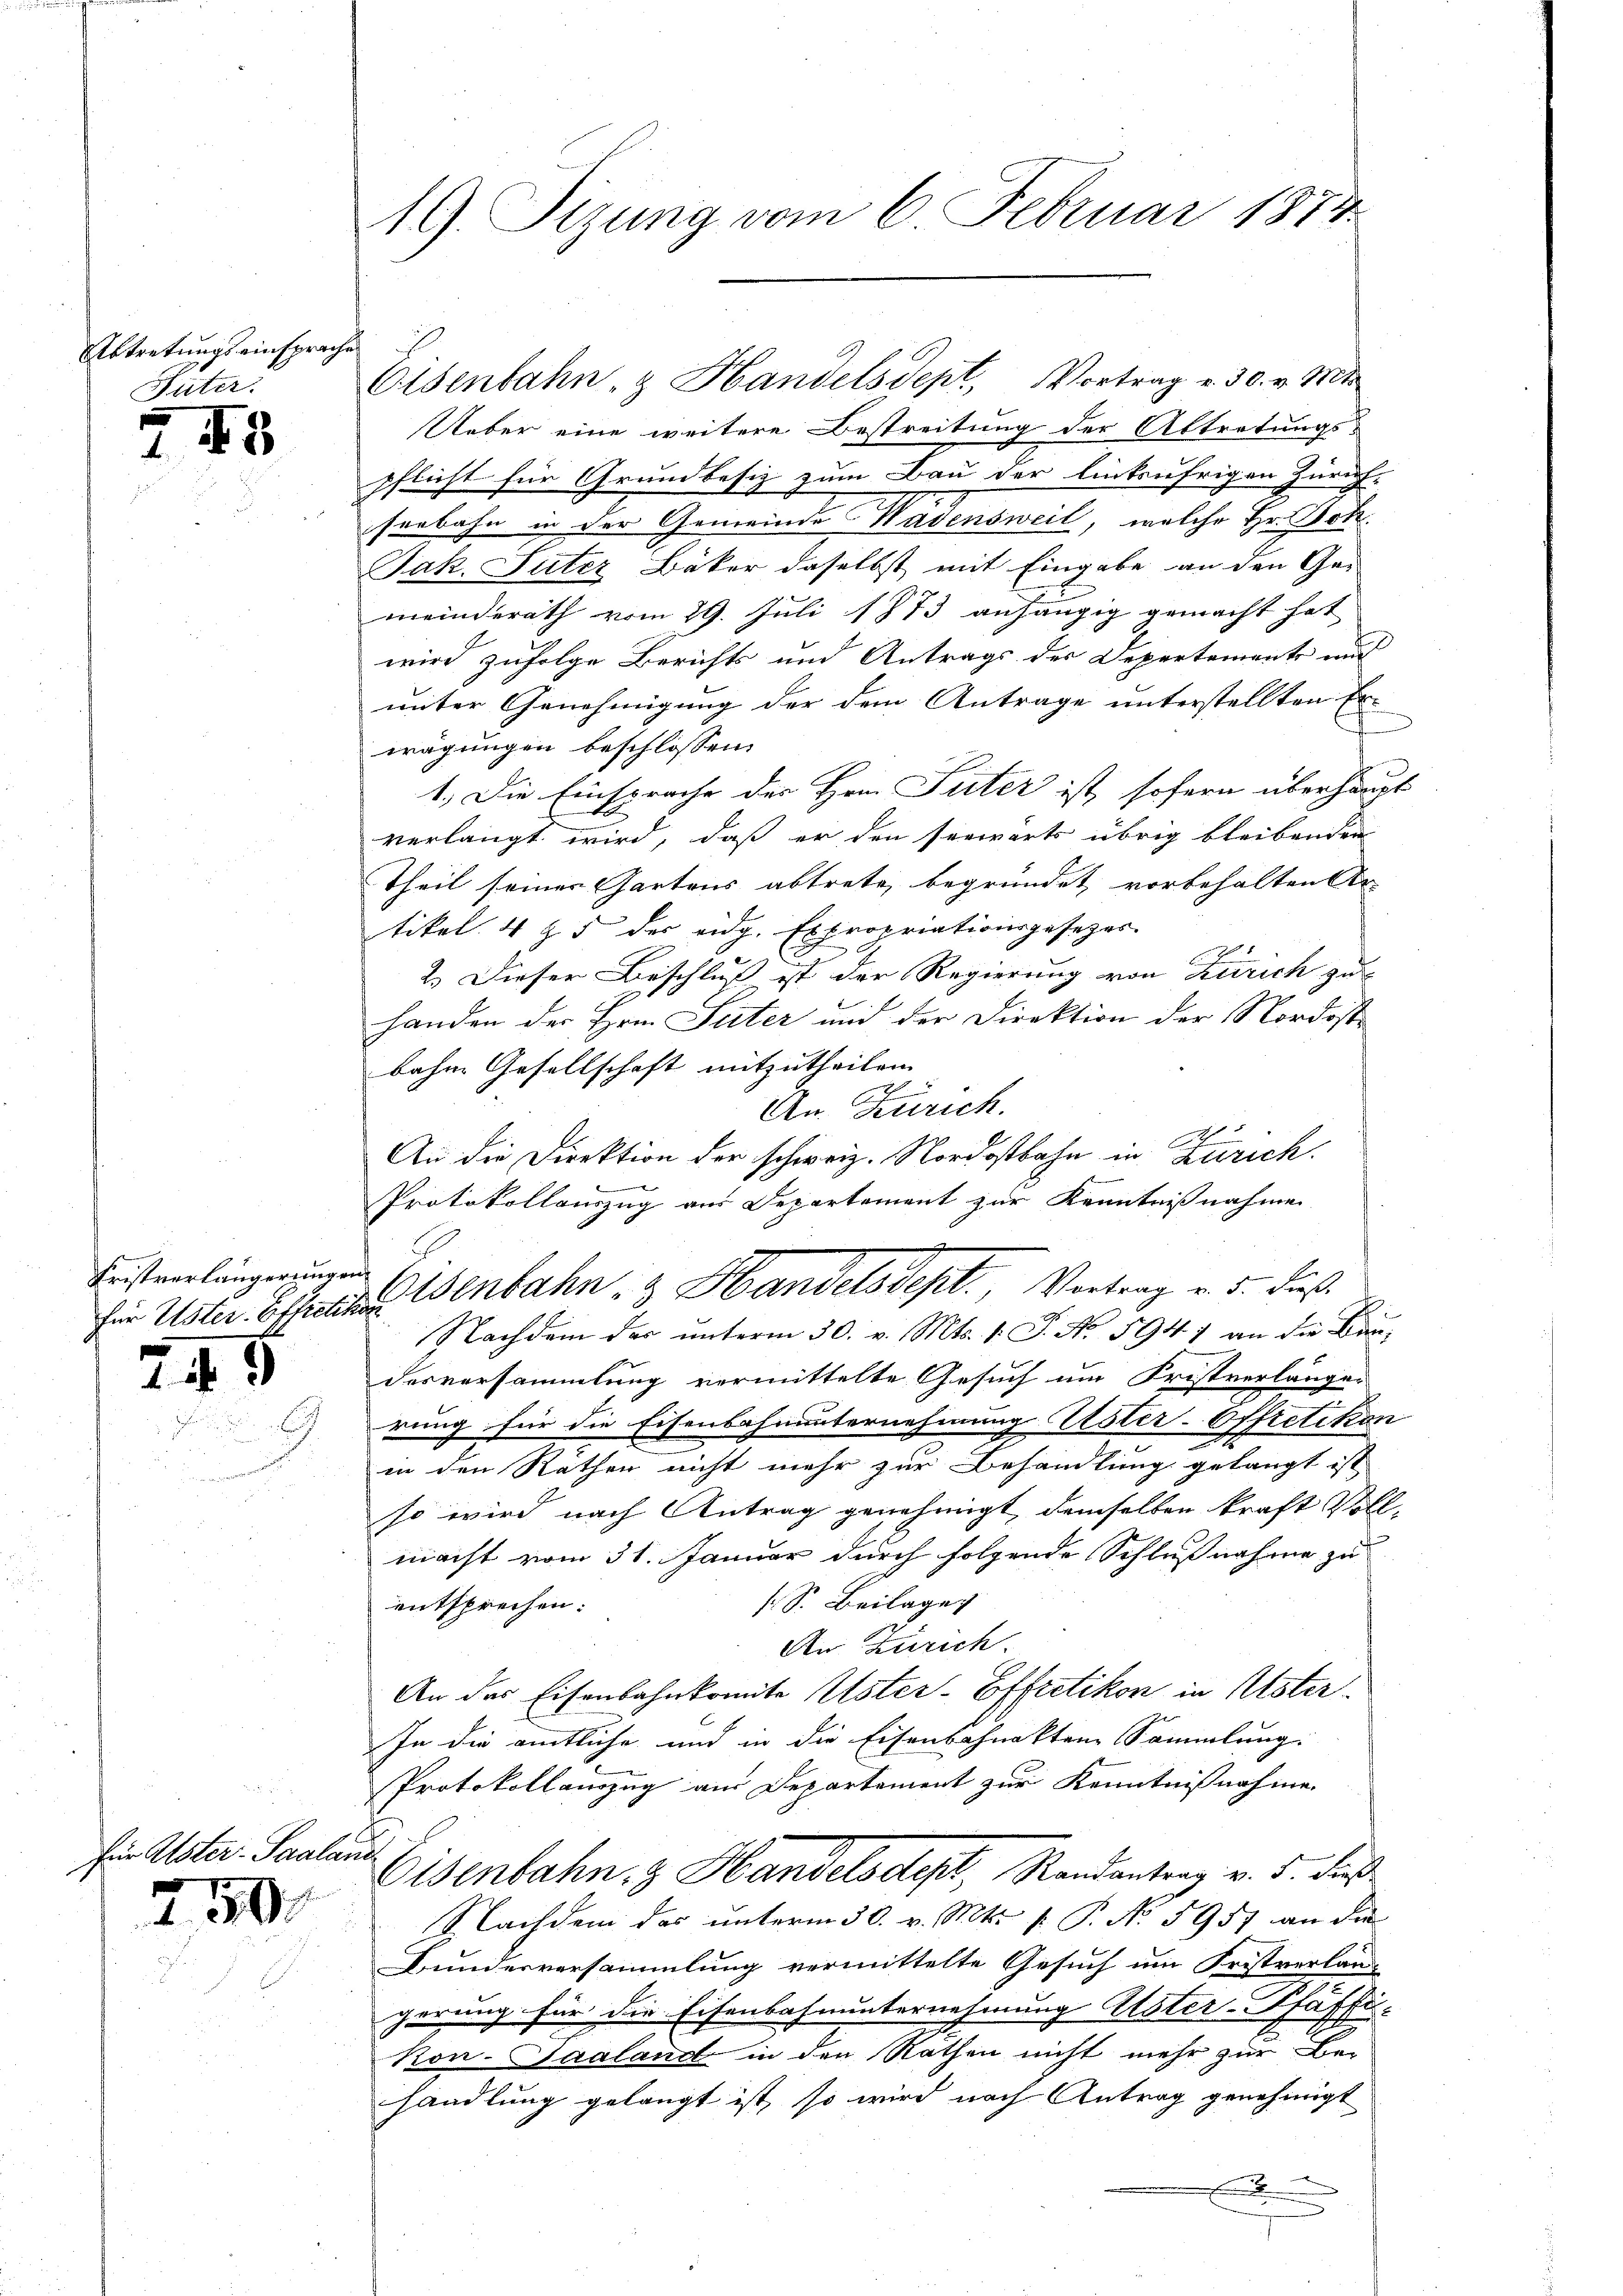
Abtretungseinsprache
Suter.

5

e
Fristverlängerungen

24 d

für Aster- Saalan

250.

19. Sizung vom 6. Februar 1874

Ueber eine weitere Bestreitung der Abtretungs-
pflicht für Grundbesiz zum Bau der linksufrigen Zürich-
serbahn in der Gemeinde Wadensweil, welche Hr. Hotz
Jak. Suter Bäker daselbst mit Eingabe an den Gemeinderath vom 29. Juli 1873 anhängig gemacht hat
wird zufolge Berichts und Antrags der Departements und
unter Genehmigung der dem Antrage unterstellten Erwägungen beschlossen:
1.) Die Einsprache der Hrn. Suter ist sofern überhaupt
verlangt wird, daß er den seewärts übrig bleibenden
Theil seiner Gartens abtrete, begründet, vorbehalten Ar-
tikel 4 & 5 der eidg. Expropriationsgesezes-
2.) Dieser Beschluß ist der Regierung von Zürich zu
handen der Hrn. Suter und der Direktion der Nordoste
bahne Gesellschaft mitzutheilen. |
An Zürich.
Ah
An die Direktion der schweiz. Nordostbahn in Zürich.
Protokollauszug aus Departement zur Kenntnißnahmen
Nachdem das unterm 30. v. Mts. v. J. No. 5941 an die Baudesversammlung vermittelte Gesuch um Fristverlangen
rung für die Eisenbahnunternehmung Uster-Offretikon
in den Räthen nicht mehr zur Behandlung gelangt ist
so wird nach Antrag genehmigt, demselben kraft Vollmacht vom 31. Januar durch folgende Schlußnahme zu
s Sr. Beilage
entsprechen:
An Zürich.
An des Eisenbahnkomite Uster-Effretikon in Uster
In die amtliche und in die Eisenbahnakten Sammlung:
Protokollauszug am Departement zur Kenntnißnahme
ach
Eisenbahn & Handelsdest, Randantrag v. 5. dies
Nachdem das unterm 30. v. Mts. f. P. No 5957 an die
Bunderversammlung vermittelte Gesuch um Fristverlang
gerung für die Eisenbahnunternehmung Ester-Pfaffi-
Kon-Saaland in den Rathen nicht mehr zur Bei
handlung gelangt ist, so wird nach Antrag genehmigt
E
u

Eisenbahn- & Handels Sept, Vortrag v. 30. v. Mts

E
für Uster. Scheine Genbahn 3 Handelsdept. Vortrag v. 5. dieß¬